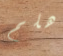
هلم